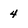
Character: 4